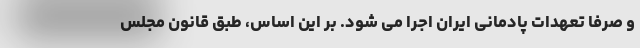
و صرفاً تعهدات پادمانی ایران اجرا می شود. بر این اساس، طبق قانون مجلس